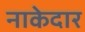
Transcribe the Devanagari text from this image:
नाकेदार